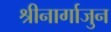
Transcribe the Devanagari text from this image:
श्रीनार्गाजुन